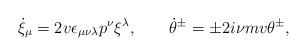
LaTeX: \begin{align*}\dot{\xi}_\mu=2v\epsilon_{\mu\nu\lambda}p^\nu\xi^\lambda,\qquad\dot{\theta}{}^\pm=\pm 2i\nu mv\theta^\pm,\end{align*}